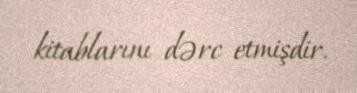
kitablarını dərc etmişdir.